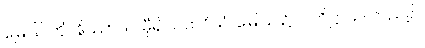
မြေပြင်ကို။ နိဿာယ၊ မှီ၍။ ပထဝိယံ၊ မြေပြင်၌။ ပတိဋ္ဌာယ၊ တည်၍။